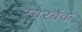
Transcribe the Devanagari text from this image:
स्बेरबैंक